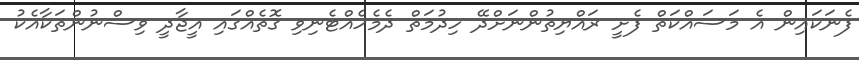
ފެނަކައިން އެ މަސައްކަތް ފެށީ ރައްޔިތުންނަށްދޭ ހިދުމަތް ދެމެހެއްޓެނިވި ގޮތެއްގައި އީޖާދީ ވިސްނުންތަކާއެކު